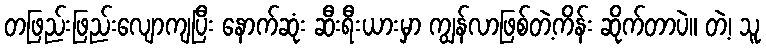
တဖြည်းဖြည်းလျောကျပြီး နောက်ဆုံး ဆီးရီးယားမှာ ကျွန်လာဖြစ်တဲ့ကိန်း ဆိုက်တာပဲ။ တဲ့၊ သူ